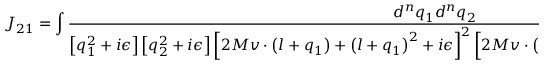
J _ { 2 1 } = \int { \frac { d ^ { n } q _ { 1 } d ^ { n } q _ { 2 } } { \left[ q _ { 1 } ^ { 2 } + i \epsilon \right] \left[ q _ { 2 } ^ { 2 } + i \epsilon \right] \left[ 2 M v \cdot \left( l + q _ { 1 } \right) + \left( l + q _ { 1 } \right) ^ { 2 } + i \epsilon \right] ^ { 2 } \left[ 2 M v \cdot \left( l + q _ { 1 } + q _ { 2 } \right) + \left( l + q _ { 1 } + q _ { 2 } \right) ^ { 2 } + i \epsilon \right] } }